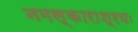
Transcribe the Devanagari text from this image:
नमस्काराश्रयः